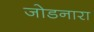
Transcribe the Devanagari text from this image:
जोडनारा